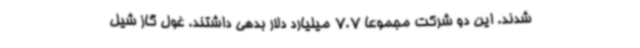
شدند. این دو شرکت مجموعا 7.7 میلیارد دلار بدهی داشتند. غول گاز شیل